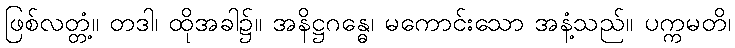
ဖြစ်လတ္တံ့။ တဒါ၊ ထိုအခါ၌။ အနိဋ္ဌဂန္ဓေ၊ မကောင်းသော အနံ့သည်။ ပက္ကမတိ၊